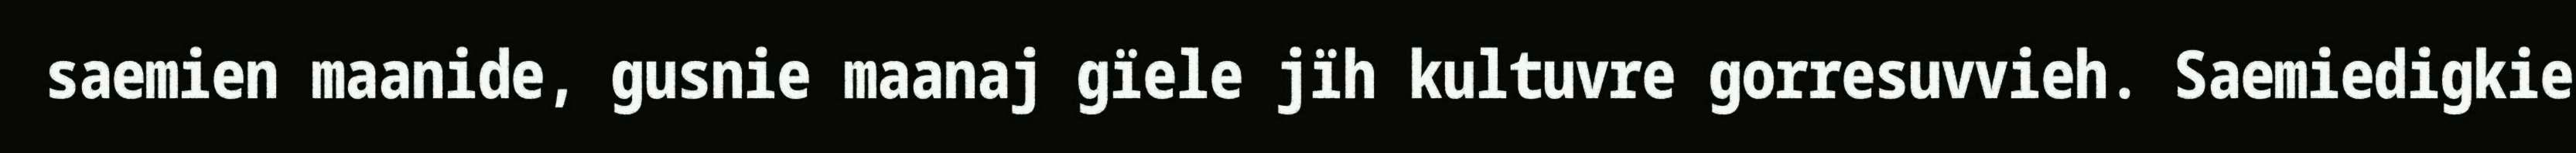
saemien maanide, gusnie maanaj gïele jïh kultuvre gorresuvvieh. Saemiedigkie